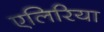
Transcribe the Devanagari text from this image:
एलिरिया